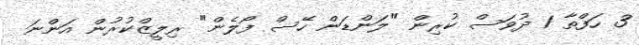
3 ހަފްތާ 1 ދުވަސް ކުރިން "ލަންޑަން ހޭސް ފޯލެން" ރިލީޒްކުރުން އަންނަ